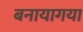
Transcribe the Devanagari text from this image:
बनायागया